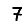
Digit: 7